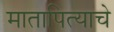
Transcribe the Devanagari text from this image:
मातापित्याचे